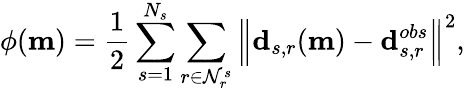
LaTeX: \phi(\mathbf{m})=\frac{1}{2}\sum_{s=1}^{N_{s}}\sum_{r\in\mathcal{N}_{r}^{s}}\Big\Vert\mathbf{d}_{s,r}(\mathbf{m})-\mathbf{d}_{s,r}^{obs}\Big\Vert^{2},